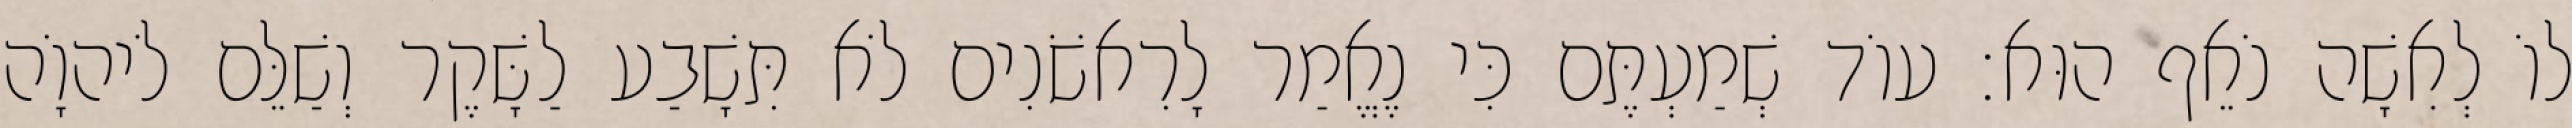
לוֹ לְאִשָׁה נֹאֵף הוּא׃ עוֹד שְׁמַעְתֶּם כִּי נֶאֱמַר לָרִאשֹׁנִים לֹא תִּשָׁבַע לַשָּׁקֶר וְשַׁלֵּם לֹיהוָֹה